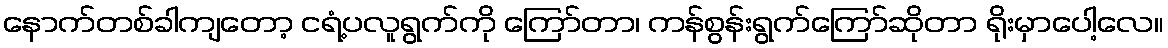
နောက်တစ်ခါကျတော့ ငရံ့ပလူရွက်ကို ကြော်တာ၊ ကန်စွန်းရွက်ကြော်ဆိုတာ ရိုးမှာပေါ့လေ။